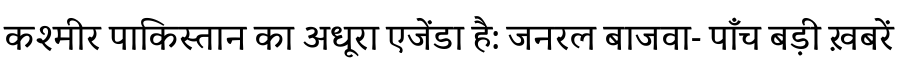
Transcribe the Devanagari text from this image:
कश्मीर पाकिस्तान का अधूरा एजेंडा है: जनरल बाजवा- पाँच बड़ी ख़बरें